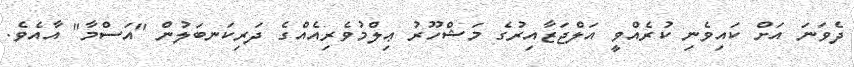
ދެވަނަ އަށް ކައިވެނި ކުރެއްވީ އަލްޖަޒާއިރުގެ މަޝްހޫރު ޢިލްމުވެރިއެއްގެ ދަރިކަނބަލުން "އަސްމާ" އާއެވެ.